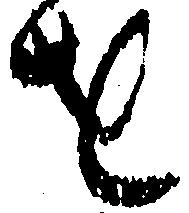
を